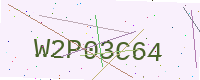
Text: W2P03C64